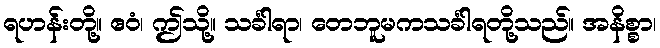
ရဟန်းတို့။ ဧဝံ၊ ဤသို့။ သင်္ခါရာ၊ တေဘူမကသင်္ခါရတို့သည်။ အနိစ္စာ၊